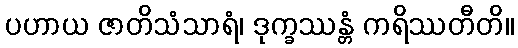
ပဟာယ ဇာတိသံသာရံ၊ ဒုက္ခဿန္တံ ကရိဿတီတိ။